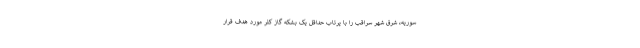
سوریه، شرق شهر سراقب را با پرتاب حداقل یک بشکه گاز کلر مورد هدف قرار